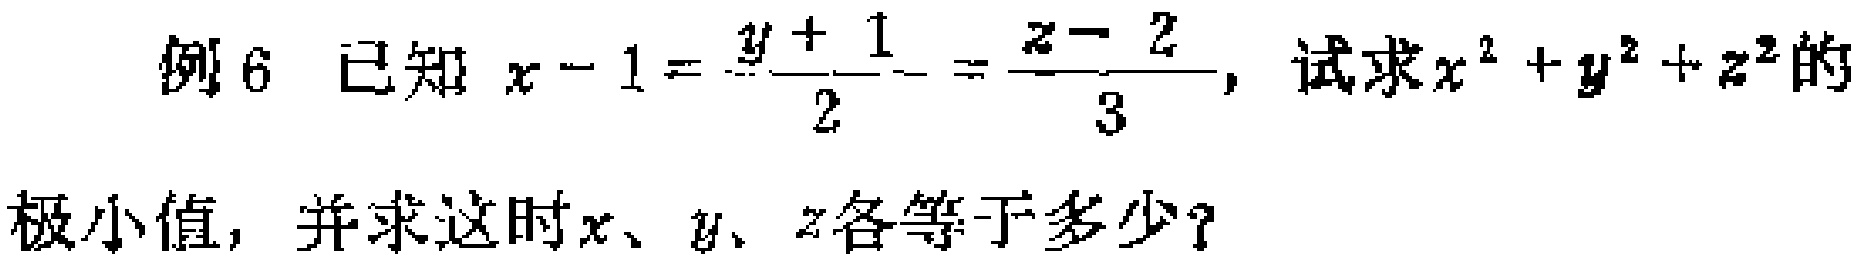
例6 已知 \(x - 1=\frac{y + 1}{2}=\frac{z - 2}{3}\)，试求\(x^{2}+y^{2}+z^{2}\)的极小值，并求这时\(x\)、\(y\)、\(z\)各等于多少？